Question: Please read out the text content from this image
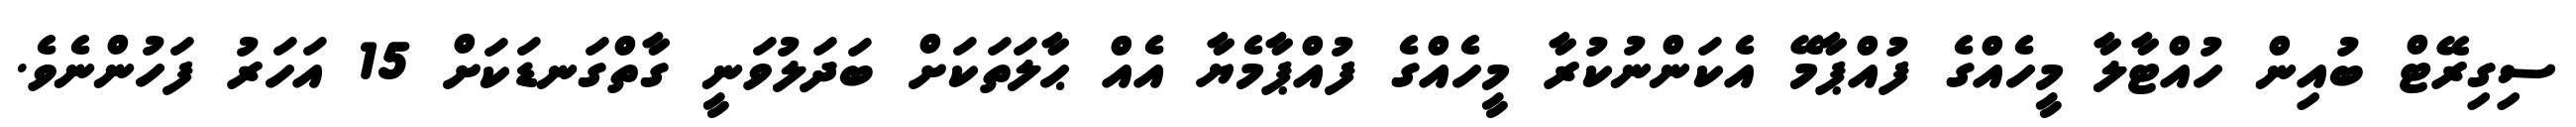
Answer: ސިގިރޭޓް ބުއިން ހުއްޓާލާ މީހެއްގެ ފުއްޕާމޭ އެކަންނުކުރާ މީހެއްގެ ފުއްޕާމެޔާ އެއް ޙާލަތަކަށް ބަދަލުވަނީ ގާތްގަނޑަކަށް 15 އަހަރު ފަހުންނެވެ.